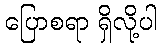
ပြောစရာ ရှိလို့ပါ